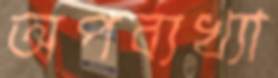
অপব্যখ্যা